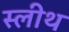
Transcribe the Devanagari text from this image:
स्लीथ